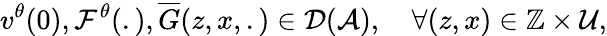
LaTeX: v^{\theta}(0),\mathcal{F}^{\theta}(.),\overline{{G}}(z,x,.)\in\mathcal{D}(\mathcal{A}),\quad\forall(z,x)\in\mathbb{Z}\times\mathcal{U},